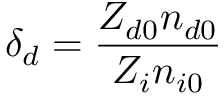
\delta _ { d } = \frac { Z _ { d 0 } n _ { d 0 } } { Z _ { i } n _ { i 0 } }